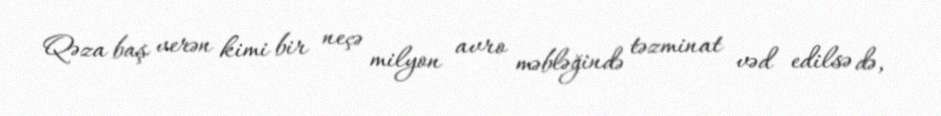
Qəza baş verən kimi bir neçə milyon avro məbləğində təzminat vəd edilsə də,